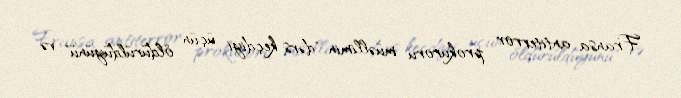
Fransa antiterror prokuroru müəllimin "dərs keçdiyi üçün öldürüldüyünü" və